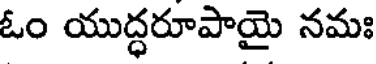
ఓం యుద్ధరూపాయై నమః